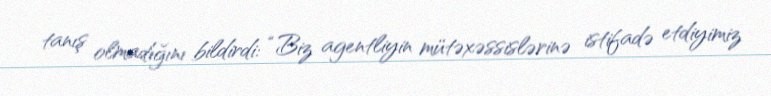
tanış olmadığını bildirdi: “Biz agentliyin mütəxəssislərinə istifadə etdiyimiz